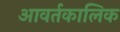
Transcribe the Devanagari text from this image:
आवर्तकालिक